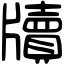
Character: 牘